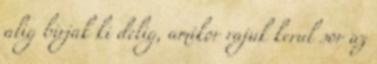
alig birjak ki delig, amikor rajuk kerul sor az